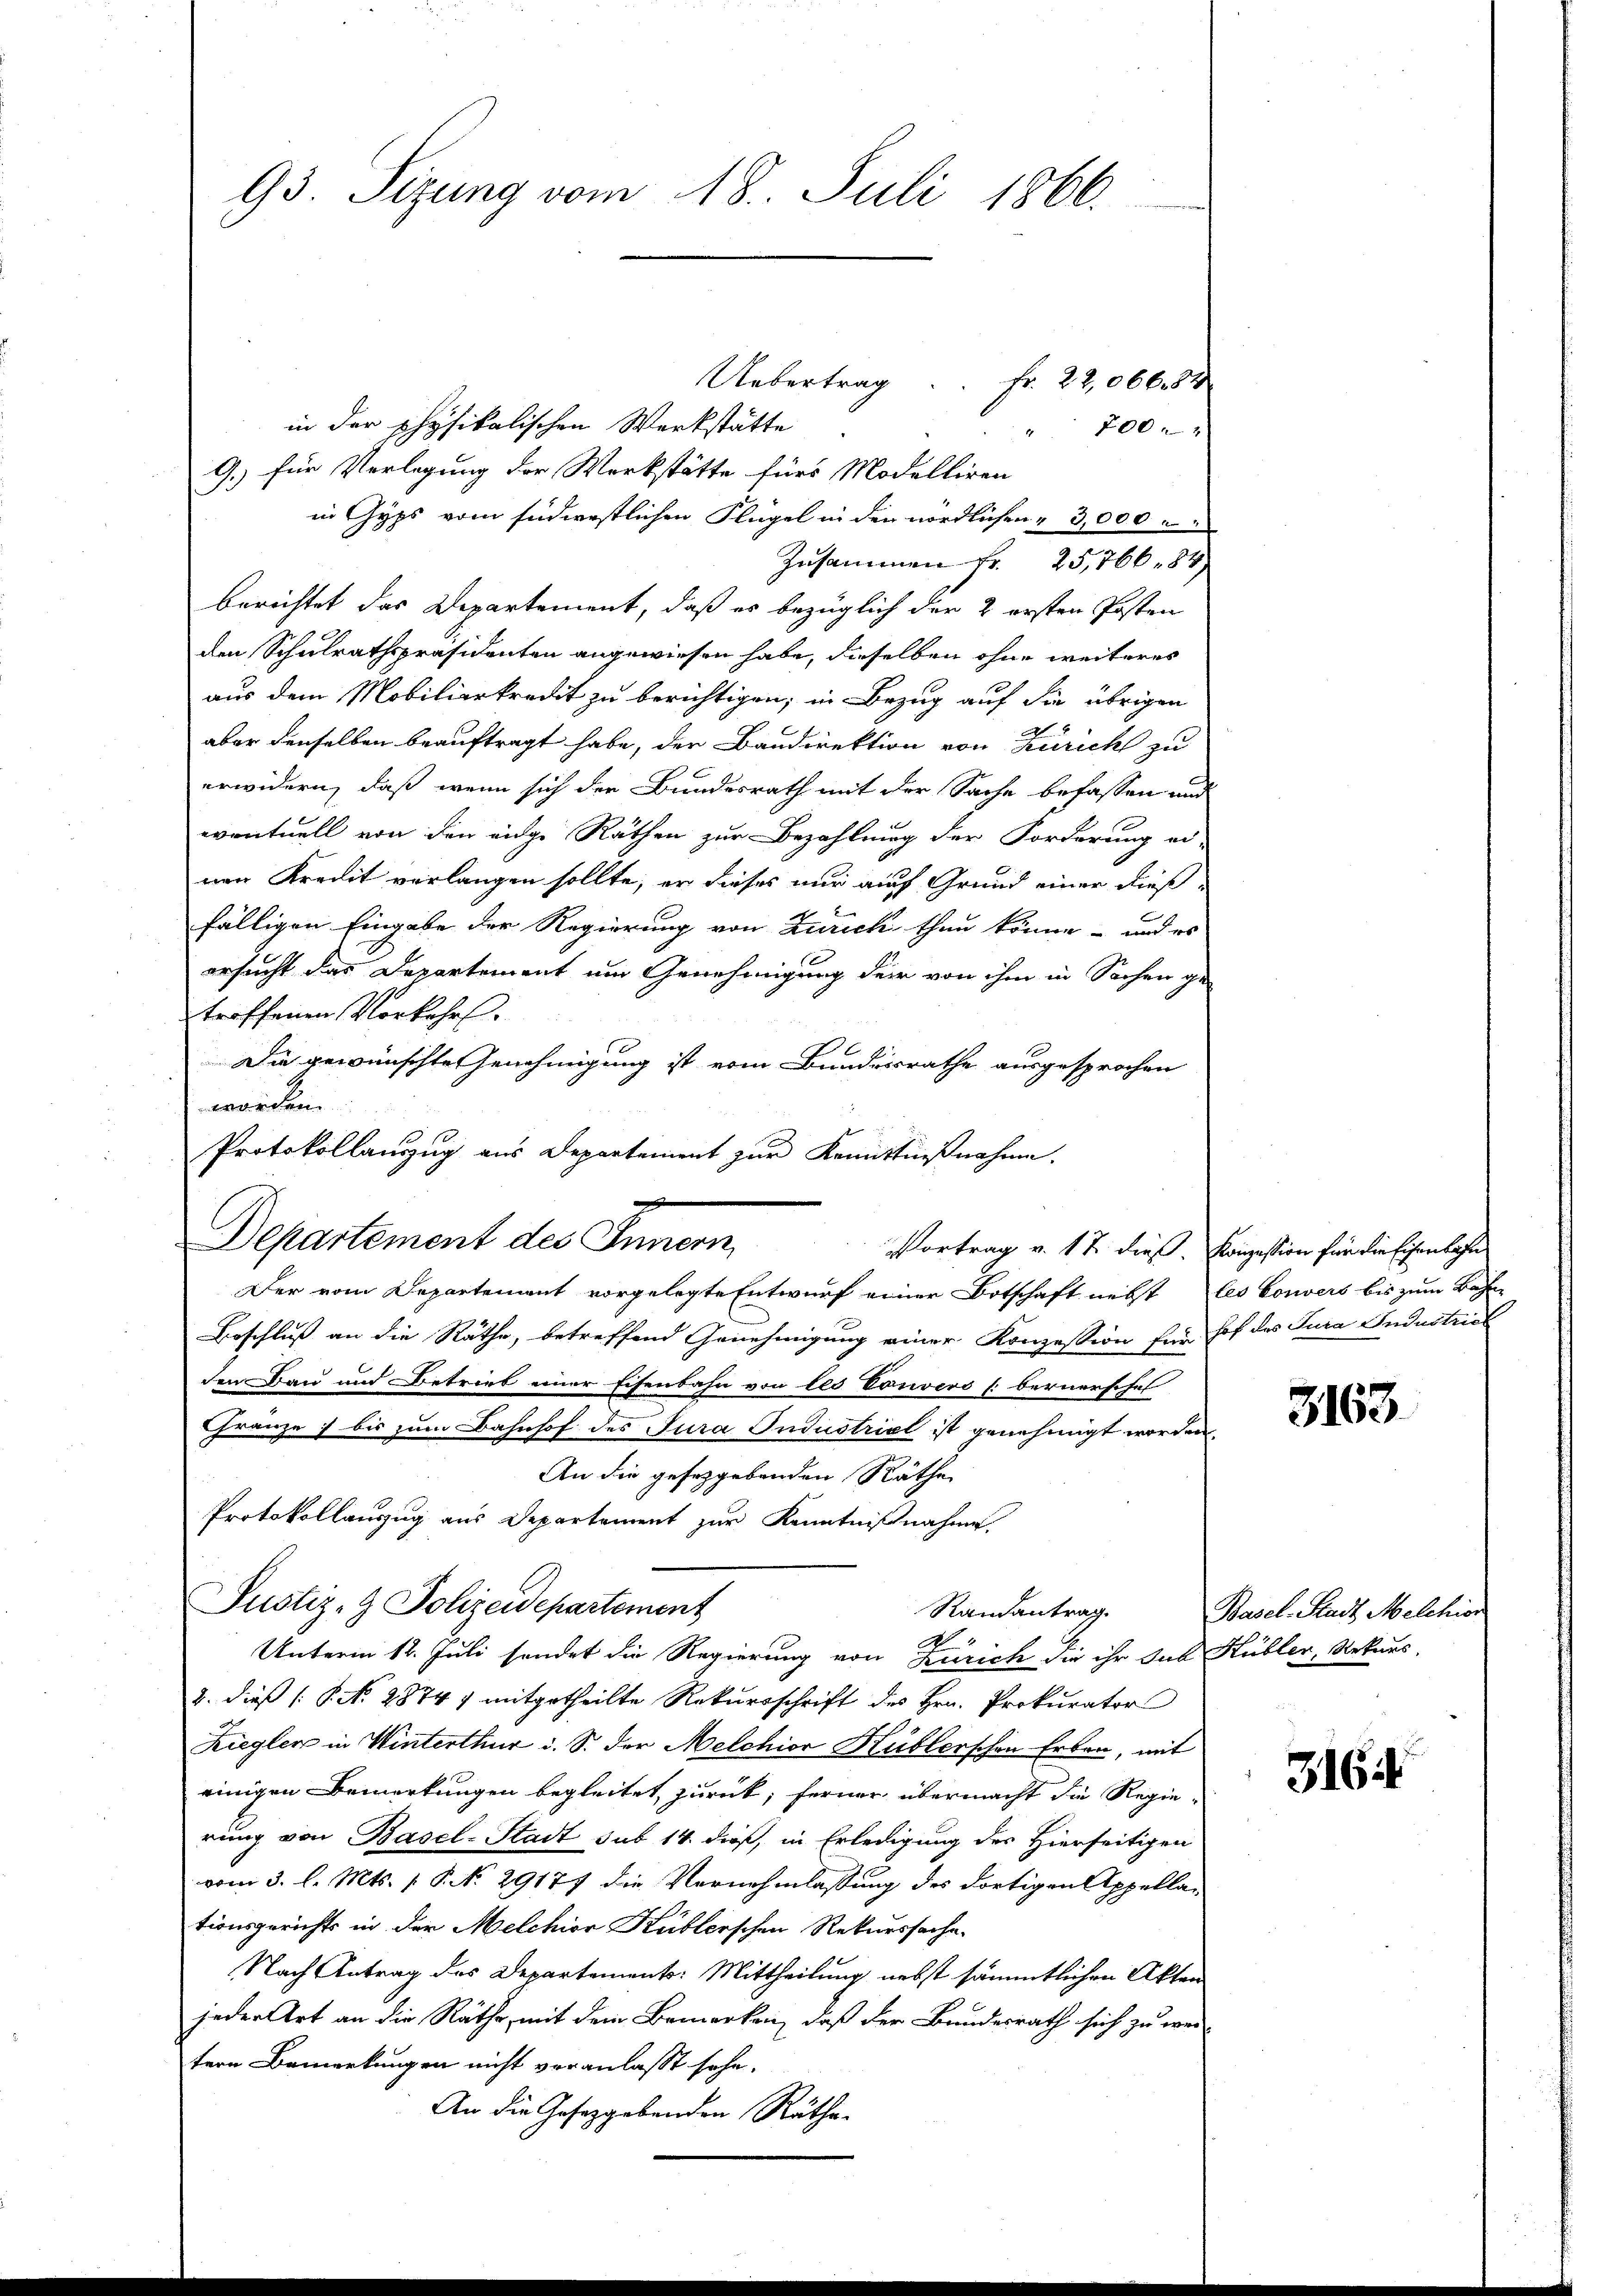
in der physikalischen Werkstätte
 200. 2
G.) für Verlegung der Werkstätte für Modelliren
in Gyps vom südwestlichen Flügel in den nördlichen 3,000
Zusammen fr. 25,766. 84
berichtet das Departement, daß es bezüglich der 2 ersten Posten
den Schulrathspräsidenten angewiesen habe, dieselben ohne weiteres
aus dem Mobiliarkredit zu berichtigen, in Bezug auf die übrigen
A
aber denselben beauftragt habe, der Bandirektion von Zürich zu
erwidern, daß wenn sich der Bundesrath mit der Sache befassen und
eventuell von den eidge Räthen zur Bezahlung der Forderung ei-
nen Kredit verlangen sollte, er dieses nur auf Grund einer dießfälligen Eingabe der Regierung von Zürich thun könne - und es
ersucht das Departement um Genehmigung der von ihm in Sachen ge-
troffenen Vorkehrs.
e
Die gewünschte Genehmigung ist vom Bundesrathe ausgesprochen
worden.
Protokollanzug aus Departement zur Kenntnißnahme.
Departement des Innern,
Der vom Departenant vorgelegte Entwurf einer Botschaft nebst les Gouvers bis zum Bahn-
Beschluß an die Räthe, betreffend Genehmigung einer Konzession für hof des Jura Industrich
den Bau und Betrieb einer Eisenbahn von les Convers [bernerschel
Gränze) bis zum Bahnhof des Jura Industriel ist genehmigt worden.
An die gesetzgebenden Räthe
Protokollauszug aus Departement zur Kenntnißnahme.
Justiz- & Polizeidepartement
Randantrag.
Unterm 12. Juli sendet die Regierung von Zürich die ihr sub Kübler, Rekurs,
2. dieß P. N. 2874) mitgetheilte Rekursschrift des Hrn. Prokurator
Ziegler in Winterthur d. S. der Melchior Küblerschen Erben, mit
einigen Bemerkungen begleitet, zurück, ferner übermacht die Regierung von Basel-Stadt sub 14. dieß, in Erledigung des Hierseitigen
vom 3. l. Mts. p. P. No 29177 die Vernehmlassung des dortigen Appellationsgerichts in der Melchior Küblerschen Rekurssache.
Nach Antrag des Departements: Mittheilung nebst sämmtlichen Akten
jeder Art an die Räthe, mit dem Bemerken, daß der Bundesrath sich zu wei-
tern Bemerkungen nicht veranlasst sehe.
An die Gesetzgebenden Räthe.

93. Sizung vom 18. Juli 1866.

Uebertrag Fr. 22,066 84

Vortrag v. 17. dieß. Konzession für die Eisenbahn

3163.

Basel-Stadt Melchior

316